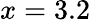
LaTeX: x=3.2